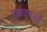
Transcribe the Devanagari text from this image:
शुक्राणओं